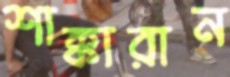
শাক্কারান